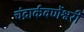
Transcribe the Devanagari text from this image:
चंद्रार्कवर्णेश्वरी